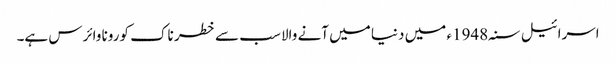
اسرائیل سنہ1948ء میں دنیا میں آنے والا سب سے خطر ناک کورونا وائرس ہے۔